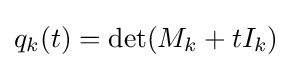
q_{k}(t)=\det(M_{k}+tI_{k})